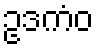
ဥဒကံဝ